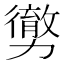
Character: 勶